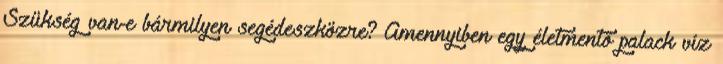
Szükség van-e bármilyen segédeszközre? Amennyiben egy életmentő palack víz